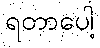
ရတာပေါ့